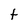
Character: t